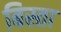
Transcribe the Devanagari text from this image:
बिस्ता